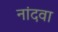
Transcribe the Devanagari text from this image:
नांदवा